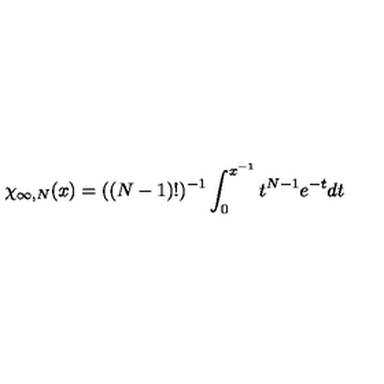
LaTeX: \chi _ { \infty , N } ( x ) = ( ( N - 1 ) ! ) ^ { - 1 } \int _ { 0 } ^ { x ^ { - 1 } } t ^ { N - 1 } e ^ { - t } d t